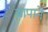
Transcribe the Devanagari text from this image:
बापानें